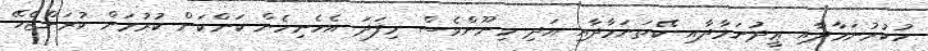
ހުކުރުނަމާދާއި ޢީދުނަމާދާއި ކޭތަނަމާދާއި އަދި މިނޫންވެސް މިފަދަ އެހެނިހެން ކަންކަން ކުރުމަށް ކުރަންޖެހޭ